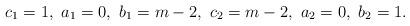
LaTeX: \begin{align*}c_1 = 1,\ a_1 = 0,\ b_1 = m-2,\ c_2 = m-2,\ a_2 = 0,\ b_2 = 1.\end{align*}